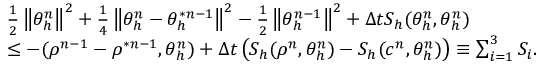
\begin{array} { l } { \frac { 1 } { 2 } \left\Vert \theta _ { h } ^ { n } \right\Vert ^ { 2 } + \frac { 1 } { 4 } \left\Vert \theta _ { h } ^ { n } - \theta _ { h } ^ { \ast n - 1 } \right\Vert ^ { 2 } - \frac { 1 } { 2 } \left\Vert \theta _ { h } ^ { n - 1 } \right\Vert ^ { 2 } + \Delta t S _ { h } ( \theta _ { h } ^ { n } , \theta _ { h } ^ { n } ) } \\ { \leq - ( \rho ^ { n - 1 } - \rho ^ { \ast n - 1 } , \theta _ { h } ^ { n } ) + \Delta t \left( S _ { h } ( \rho ^ { n } , \theta _ { h } ^ { n } ) - S _ { h } ( c ^ { n } , \theta _ { h } ^ { n } ) \right) \equiv \sum _ { i = 1 } ^ { 3 } S _ { i } . } \end{array}